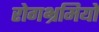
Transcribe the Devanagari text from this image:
रोगभ्रमियों